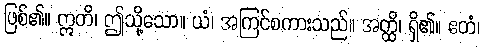
ဖြစ်၏။ ဣတိ၊ ဤသို့သော။ ယံ၊ အကြင်စကားသည်။ အတ္ထိ၊ ရှိ၏။ ဧတံ၊